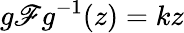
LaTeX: g\mathscr{F}g^{-1}(z)=kz